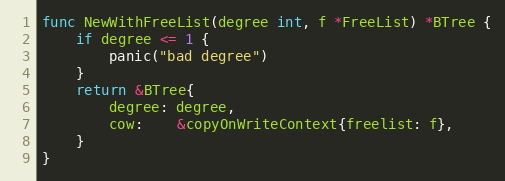
Language: Go
func NewWithFreeList(degree int, f *FreeList) *BTree {
	if degree <= 1 {
		panic("bad degree")
	}
	return &BTree{
		degree: degree,
		cow:    &copyOnWriteContext{freelist: f},
	}
}